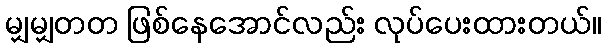
မျှမျှတတ ဖြစ်နေအောင်လည်း လုပ်ပေးထားတယ်။